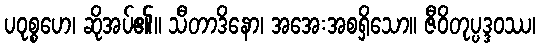
ပဝုစ္စဟေ၊ ဆိုအပ်၏။ သီတာဒိနော၊ အအေးအစရှိသော။ ဇီဝိတုပ္ပဒ္ဒဝဿ၊